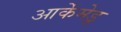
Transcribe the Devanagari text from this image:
आर्केमेडू